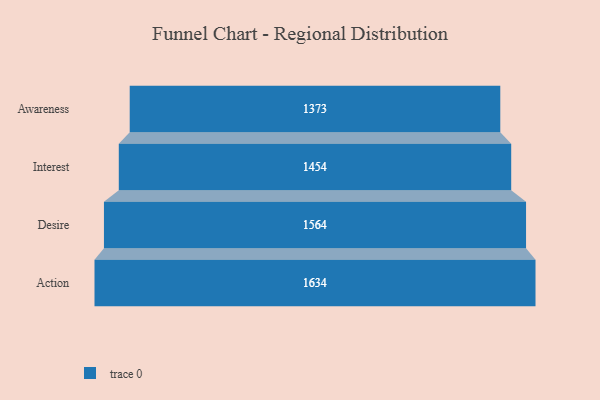
{"axis": {"x": "Stage", "y": "Value"}, "legend": [""], "data": [{"x": "Awareness", "y": 1373.0, "type": ""}, {"x": "Interest", "y": 1454.0, "type": ""}, {"x": "Desire", "y": 1564.0, "type": ""}, {"x": "Action", "y": 1634.0, "type": ""}]}